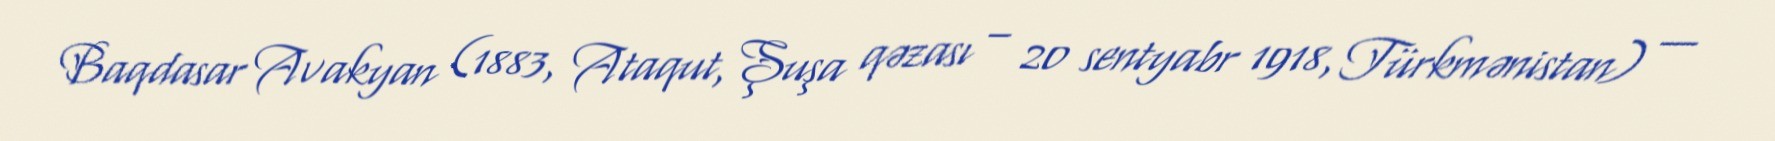
Baqdasar Avakyan (1883, Ataqut, Şuşa qəzası – 20 sentyabr 1918, Türkmənistan) —